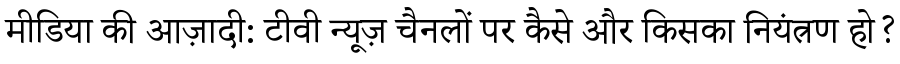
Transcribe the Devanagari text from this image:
मीडिया की आज़ादी: टीवी न्यूज़ चैनलों पर कैसे और किसका नियंत्रण हो?